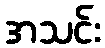
အသင်း